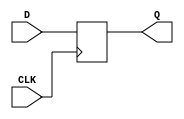
module D_ff(D,Q,CLK);
input wire D;
input wire CLK;
output wire Q;
    
    always @(posedge CLK)
    begin
      Q <= D;
    end

endmodule